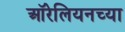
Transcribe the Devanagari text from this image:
ऑरेलियनच्या